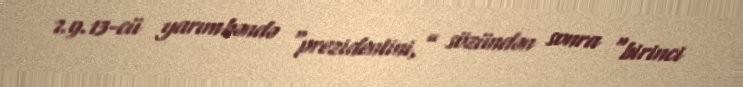
7.9.13-cü yarımbəndə “prezidentini,” sözündən sonra “birinci